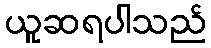
ယူဆရပါသည်